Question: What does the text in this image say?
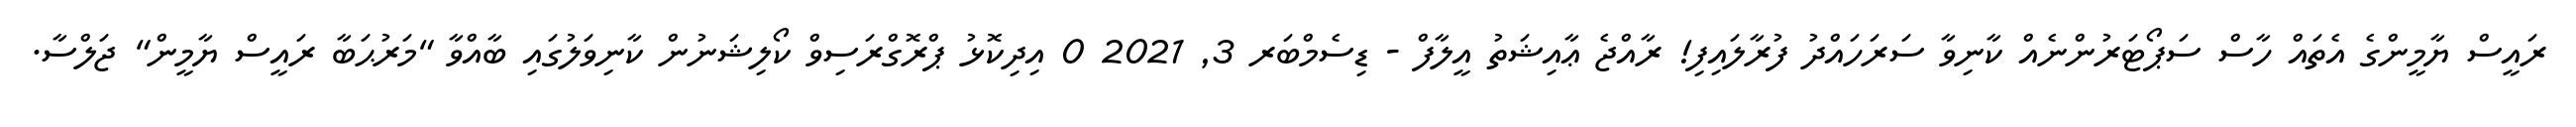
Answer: ރައީސް ޔާމީންގެ އެތައް ހާސް ސަޕޯޓަރުންނެއް ކާނިވާ ސަރަހައްދު ފުރާލައިފި! ރާއްޖެ ޢާއިޝަތު އީލާފް - ޑިސެމްބަރ 3, 2021 0 އިދިކޮޅު ޕްރޮގްރަސިވް ކޯލިޝަނުން ކާނިވަލުގައި ބާއްވާ "މަރުޙަބާ ރައީސް ޔާމީން" ޖަލްސާ.